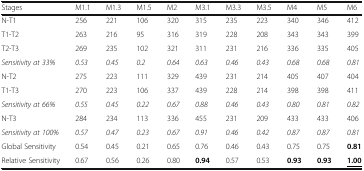
| Stages | M1.1 | M1.3 | M1.5 | M2 | M3.1 | M3.3 | M3.5 | M4 | M5 | M6 |
 | --- | --- | --- | --- | --- | --- | --- | --- | --- | --- | --- |
 | N-T1 | 256 | 221 | 106 | 320 | 315 | 235 | 223 | 340 | 346 | 412 |
 | T1-T2 | 263 | 216 | 95 | 316 | 319 | 228 | 208 | 343 | 343 | 399 |
 | T2-T3 | 269 | 235 | 102 | 321 | 311 | 231 | 216 | 336 | 335 | 405 |
 | Sensitivity at 33% | 0.53 | 0.45 | 0.2 | 0.64 | 0.63 | 0.46 | 0.43 | 0.68 | 0.68 | 0.81 |
 | N-T2 | 275 | 223 | 111 | 329 | 439 | 231 | 214 | 405 | 407 | 404 |
 | T1-T3 | 270 | 223 | 106 | 337 | 439 | 228 | 214 | 398 | 398 | 411 |
 | Sensitivity at 66% | 0.55 | 0.45 | 0.22 | 0.67 | 0.88 | 0.46 | 0.43 | 0.80 | 0.81 | 0.82 |
 | N-T3 | 284 | 234 | 113 | 336 | 455 | 231 | 209 | 433 | 433 | 406 |
 | Sensitivity at 100% | 0.57 | 0.47 | 0.23 | 0.67 | 0.91 | 0.46 | 0.42 | 0.87 | 0.87 | 0.81 |
 | Global Sensitivity | 0.54 | 0.45 | 0.21 | 0.65 | 0.76 | 0.46 | 0.43 | 0.75 | 0.75 | 0.81 |
 | Relative Sensitivity | 0.67 | 0.56 | 0.26 | 0.80 | 0.94 | 0.57 | 0.53 | 0.93 | 0.93 | <underline>1.00</underline> |